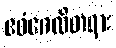
ဧဝံဂေလိတရား